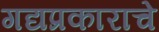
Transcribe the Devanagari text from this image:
गद्यप्रकाराचे